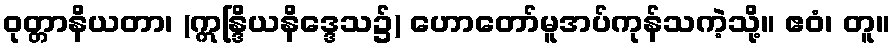
ဝုတ္တာနိယတာ၊ (ဣန္ဒြိယနိဒ္ဒေသ၌) ဟောတော်မူအပ်ကုန်သကဲ့သို့။ ဧဝံ၊ တူ။